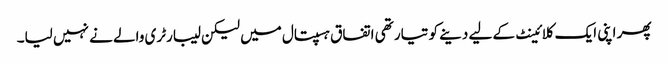
پھر اپنی ایک کلائینٹ کے لیے دینے کو تیار تھی اتفاق ہسپتال میں لیکن لیبارٹری والے نے نہیں لیا۔